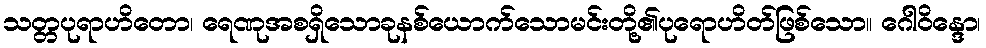
သတ္တပုရာဟိတော၊ ရေဏုအစရှိသောခုနစ်ယောက်သောမင်းတို့၏ပုရောဟိတ်ဖြစ်သော။ ဂေါဝိန္ဒော၊